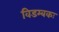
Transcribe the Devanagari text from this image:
विडम्बकः